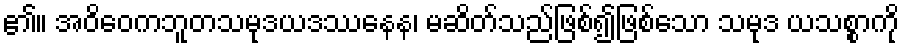
၏။ အဝိဝေကဘူတသမုဒယဒဿနေန၊ မဆိတ်သည်ဖြစ်၍ဖြစ်သော သမုဒ ယသစ္စာကို